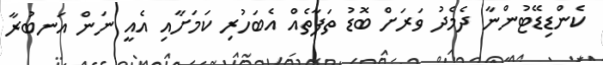
ކެންޑިޑޭޓުންނާ ދެމެދު ވަރަށް ބޮޑު ތަފާތެއް އެބަހުރި ކަމަށާއި އެއީ ނަން އަނބުރާ